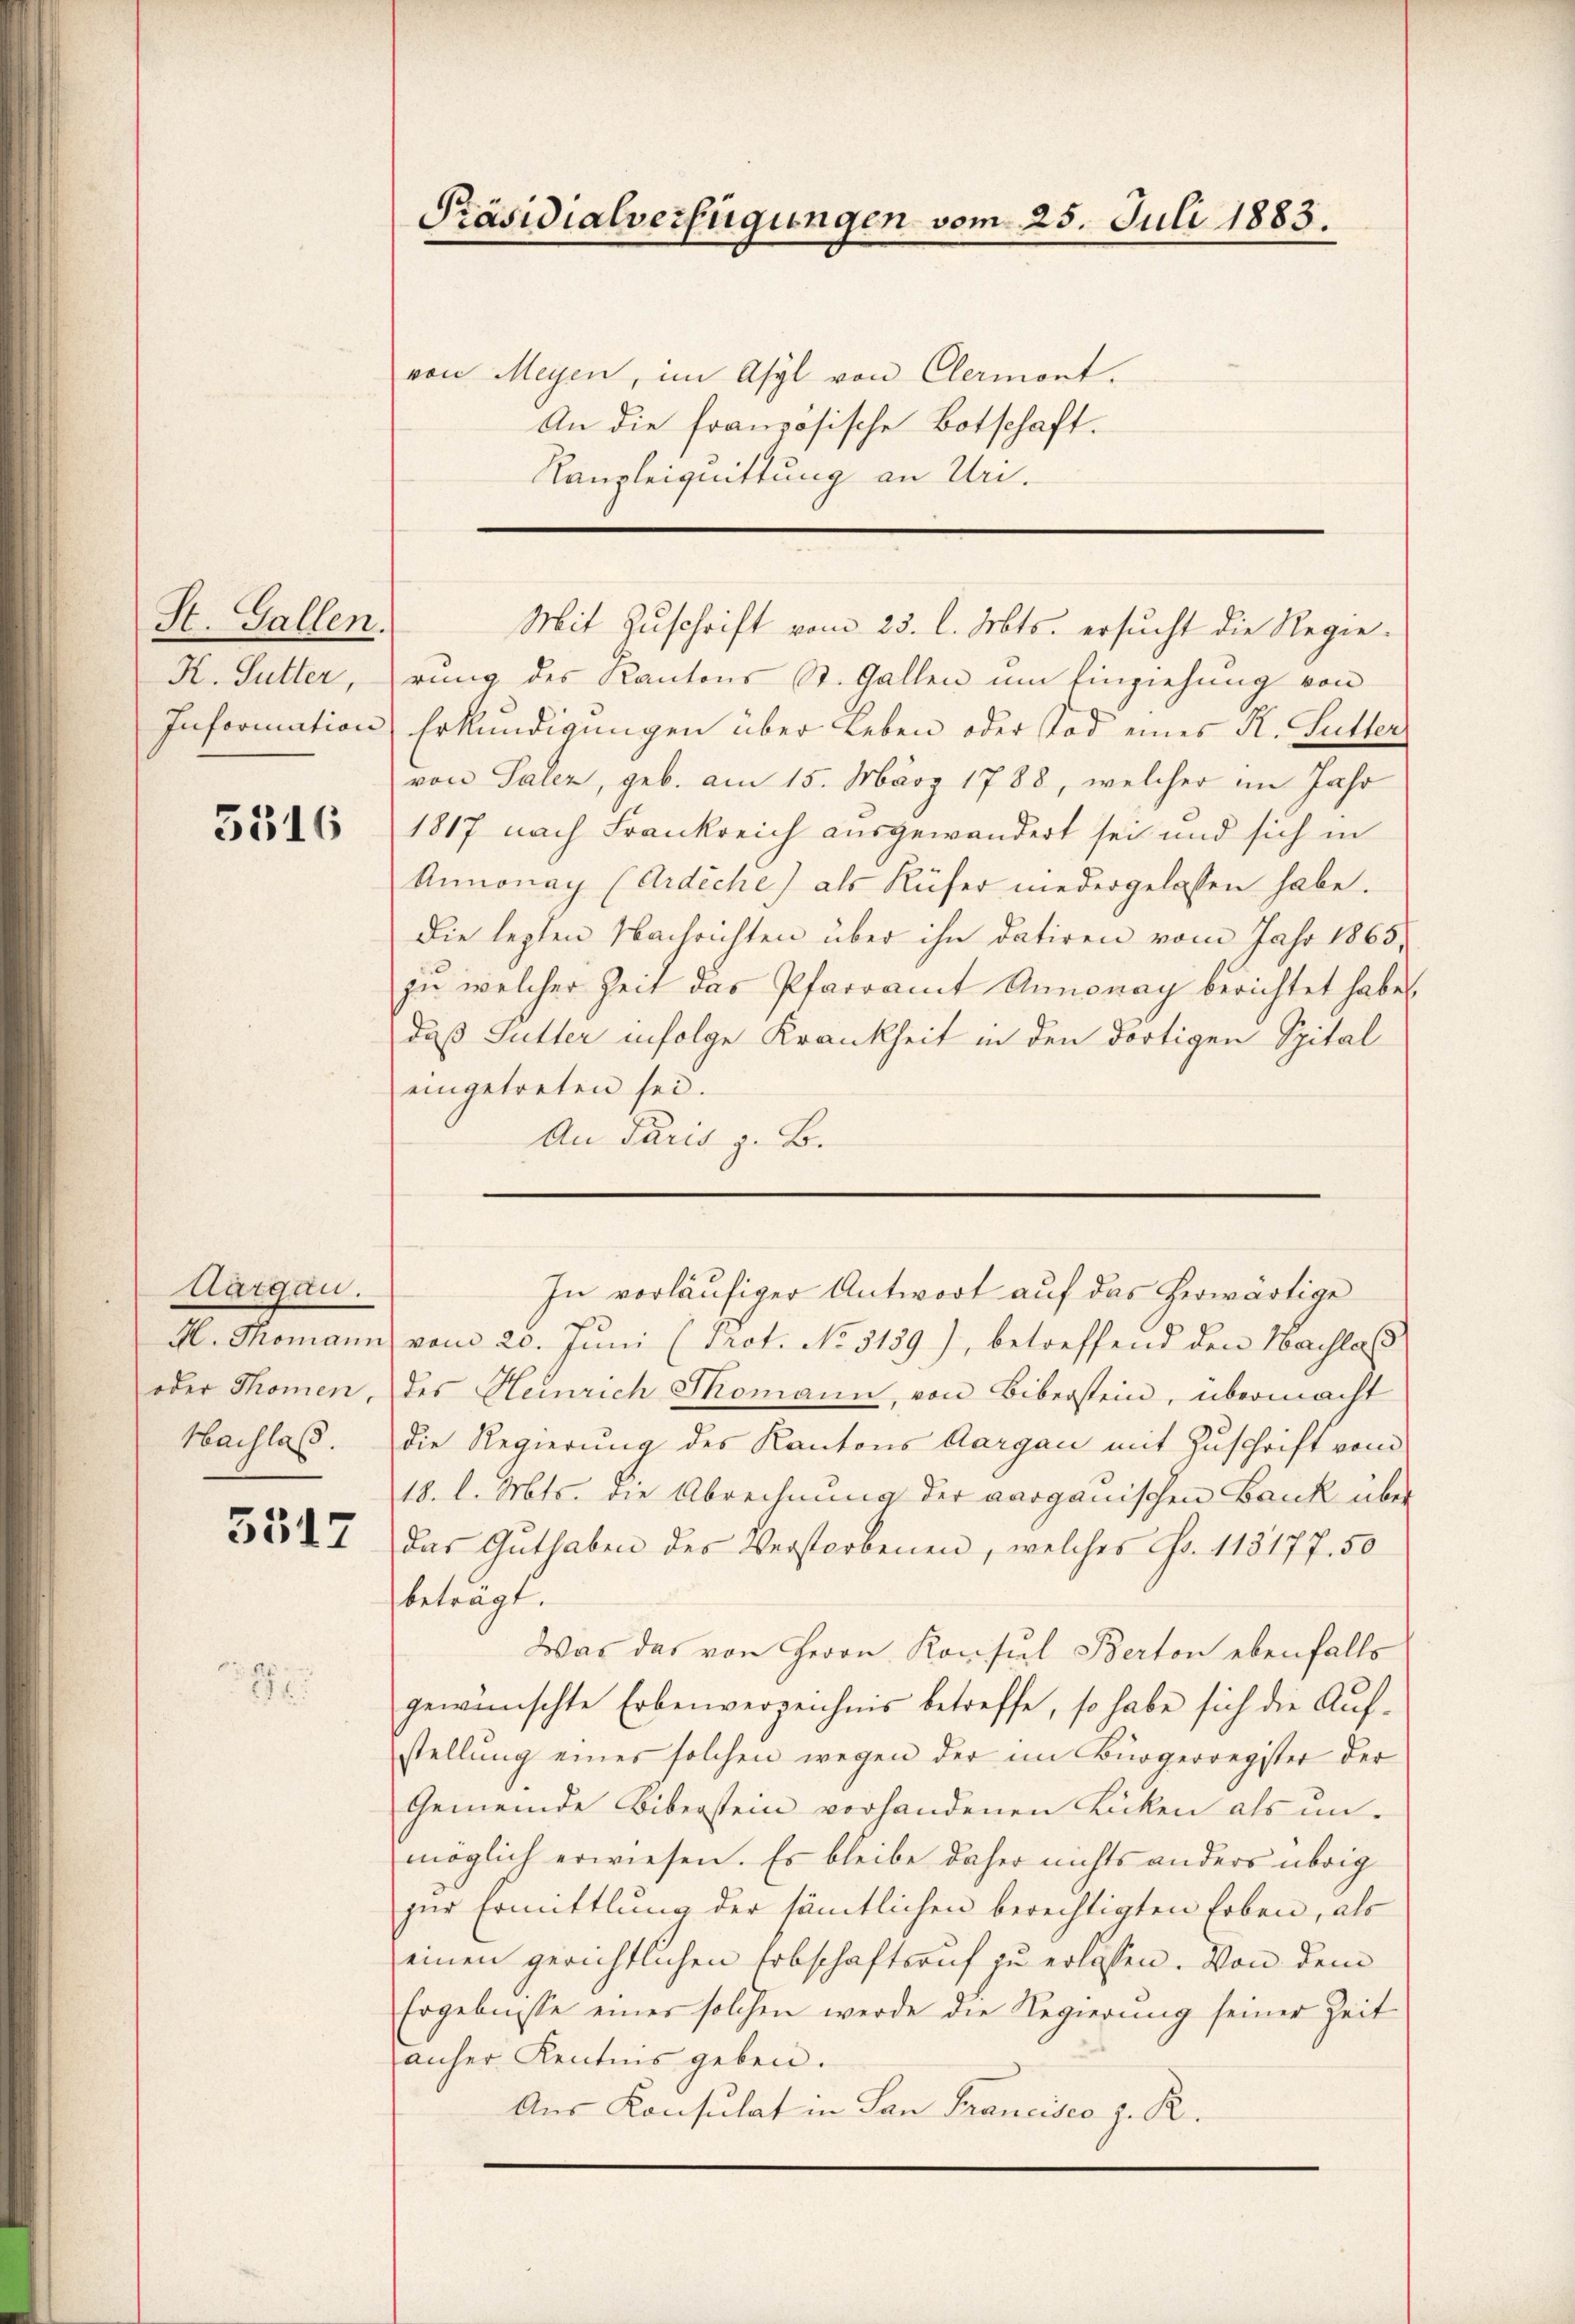
St. Gallen.
K. Sutter,

5316

Aargau.
H. Thomann
oder Thomen,
Nachlass.

3517

1

Präsidialverfügungen vom 25. Juli 1883.

von Meyen, im Asyl von Clermant.
An die französische Botschaft.
Kanzleiguittung an Uri.

Mit Zuschrift vom 25. l. Mts. ersucht die Regierung des Kantons St. Gallen um Einziehung von
Information Erkundigungen über Leben oder Tod eines K. Gutter
von Paler, geb. am 15. März 1788, welcher im Jahr
1817 nach Frankreich ausgewandert sei und sich in
Annonay (Ardiche) als Rüfer niedergelassen habe.
Die lezten Nachrichten über ihn datiren vom Jahr 1865,
zu welcher Zeit das Pfarramt Annonay berichtet habe.
daß Gutter infolge Krankheit in den dortigen Spital
eingetreten sei.
An Paris z. B.

vom 20. Juni (srot. No 3139), betreffend den Nachlass
des Heinrich Skomann, von Biberstein, übermacht
die Regierung des Kantons Aargau mit Zuschrift vom
18. l. Mts. die Abrechnung der aarganischen Bank über
das Guthaben des Verstorbenen, welches Fr. 113177. 50
beträgt.
Was das von Herrn Konsul Berton ebenfalls
gewünschte Erbenverzeichnis betreffe, so habe sich die Aufstellung eines solchen wegen der im Bürgerregister der
Gemeinde Biberstein vorhandenen Bicken als unmöglich erwiesen. Es bleibe daher nichts anders übrig
zur Ermittlung der sämtlichen berechtigten Erben, als
einen gerichtlichen Erbschaftsruf zu erlassen. Von dem
Ergebnisse einer solchen werde die Regierung seiner Zeit
auher Kenntnis geben.
Aus Konsulat in San Francisco z. R.

In vorläufiger Antwort auf das herwärtige